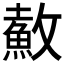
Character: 𲌶